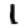
Digit: 1